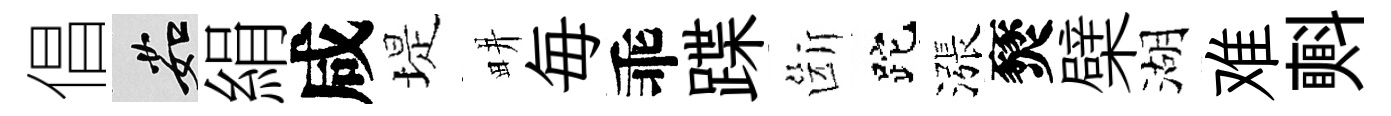
倡茹絹咸堤畊毎乖蹀斷跎漲燹檗湖难㪺